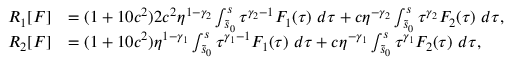
\begin{array} { r l } { R _ { 1 } [ F ] } & { = ( 1 + 1 0 c ^ { 2 } ) 2 c ^ { 2 } \eta ^ { 1 - \gamma _ { 2 } } \int _ { \tilde { s } _ { 0 } } ^ { s } \tau ^ { \gamma _ { 2 } - 1 } F _ { 1 } ( \tau ) \ d \tau + c \eta ^ { - \gamma _ { 2 } } \int _ { \tilde { s } _ { 0 } } ^ { s } \tau ^ { \gamma _ { 2 } } F _ { 2 } ( \tau ) \ d \tau , } \\ { R _ { 2 } [ F ] } & { = ( 1 + 1 0 c ^ { 2 } ) \eta ^ { 1 - \gamma _ { 1 } } \int _ { \tilde { s } _ { 0 } } ^ { s } \tau ^ { \gamma _ { 1 } - 1 } F _ { 1 } ( \tau ) \ d \tau + c \eta ^ { - \gamma _ { 1 } } \int _ { \tilde { s } _ { 0 } } ^ { s } \tau ^ { \gamma _ { 1 } } F _ { 2 } ( \tau ) \ d \tau , } \end{array}